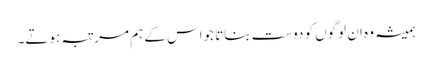
ہمیشہ وہ ان لوگوں کو دوست بناتا جواس کے ہم مر تبہ ہوتے۔